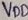
Text: VDD